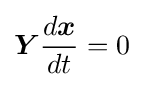
{\boldsymbol {Y}}{\frac {d{\boldsymbol {x}}}{dt}}=0